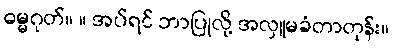
ဓမ္မဂုတ်။ ။ အပ်ရင် ဘာပြုလို့ အလှူမခံတာတုန်း။